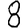
Digit: 8